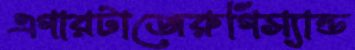
এগারটাজেরুগিস্যান্ড